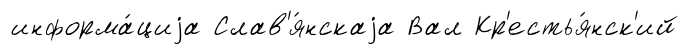
информа́циjа Слав'я́нскаjа Вал Кр'естья́нск'ий